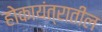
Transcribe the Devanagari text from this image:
होकायंत्रातील